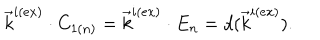
LaTeX: \vec { k } ^ { i ( e x ) } \cdot C _ { 1 ( n ) } = \vec { k } ^ { i ( e x ) } \cdot E _ { n } = d ( \vec { k } ^ { i ( e x ) } ) .